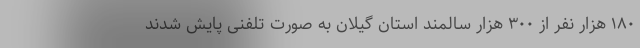
۱۸۰ هزار نفر از ۳۰۰ هزار سالمند استان گیلان به صورت تلفنی پایش شدند